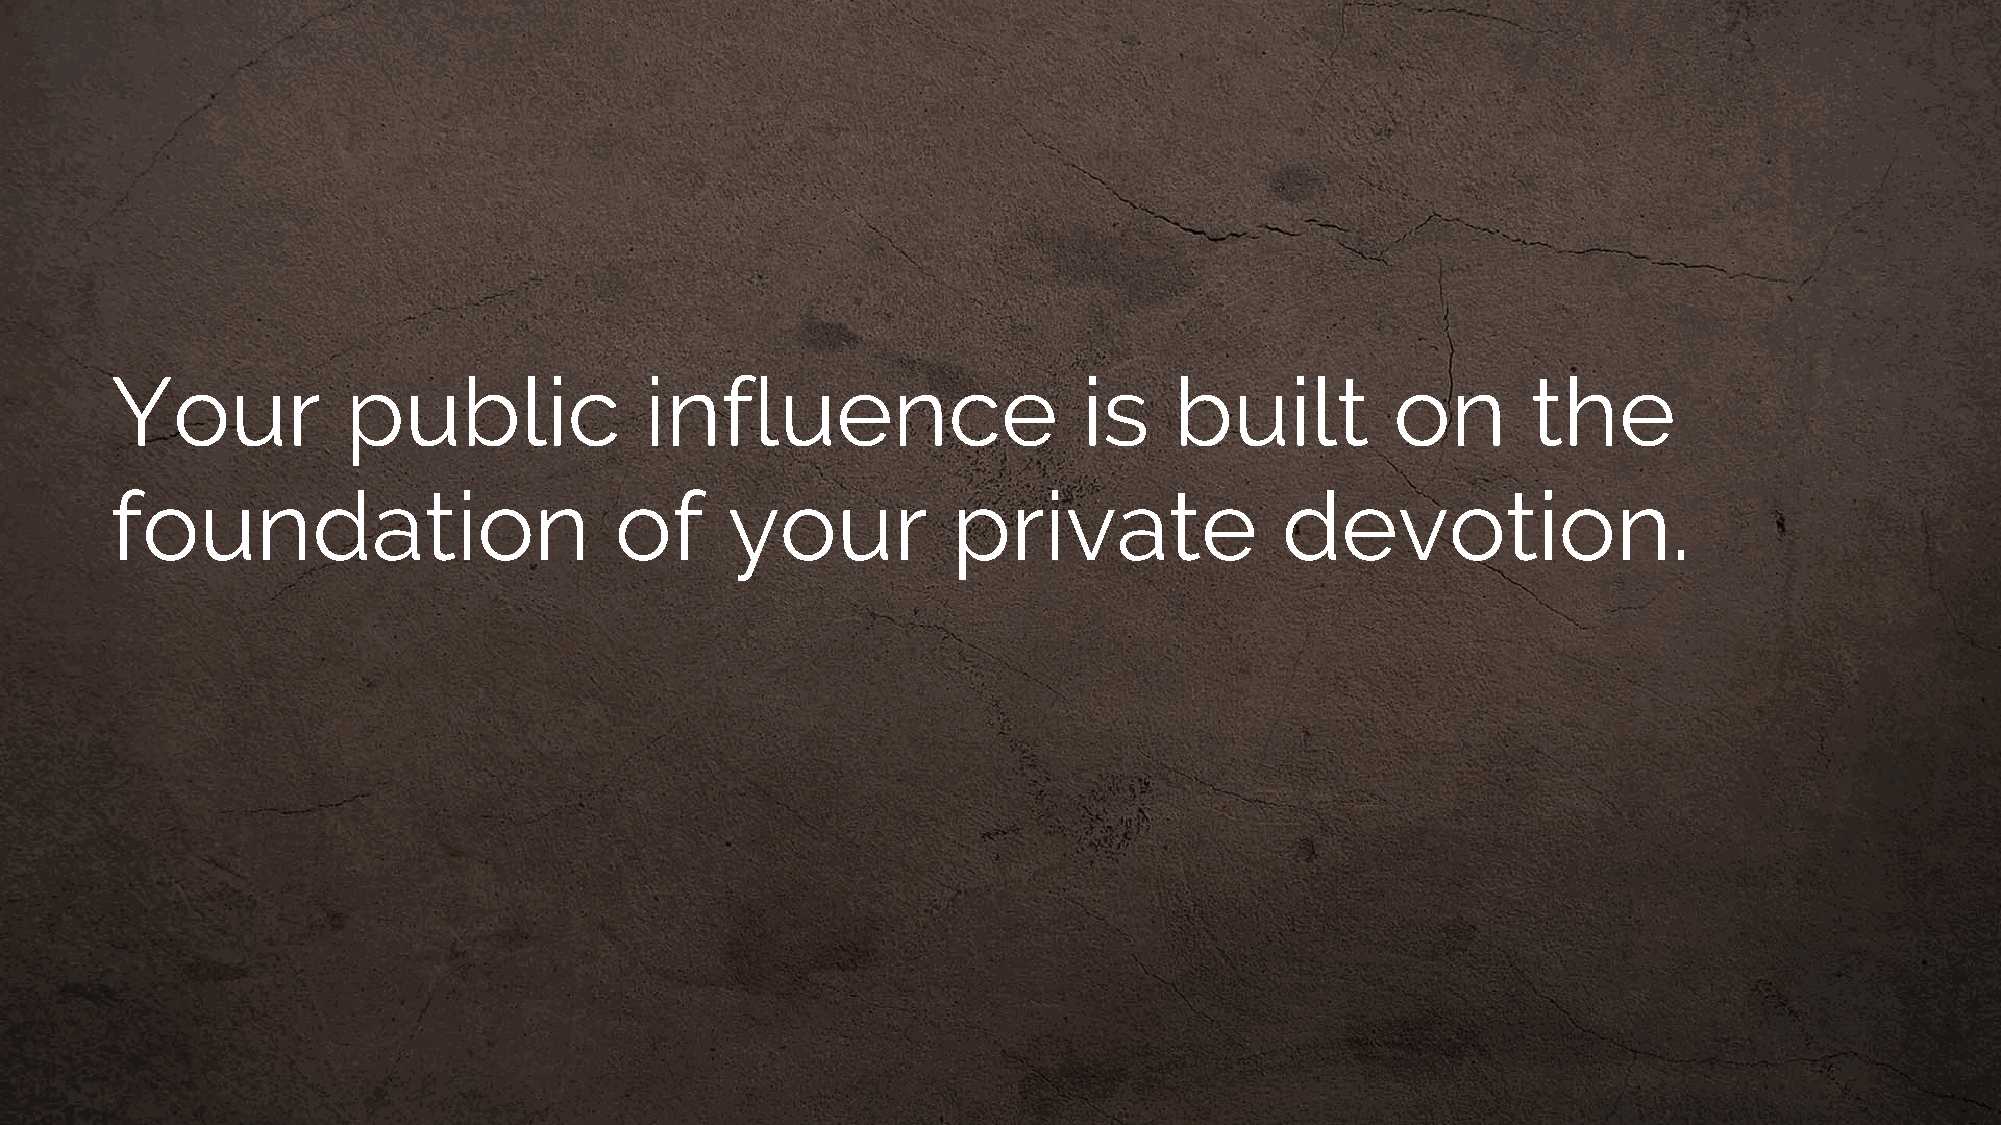
Your            public              influence                    is    built         on       the
 foundation                        of     your           private               devotion.